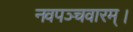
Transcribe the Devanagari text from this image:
नवपञ्चवारम्।